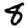
Digit: 8